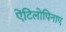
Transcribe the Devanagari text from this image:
ऐंटिलोपिनाए